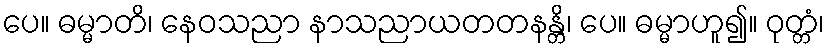
ပေ။ ဓမ္မာတိ၊ နေဝသညာ နာသညာယတတနန္တိ၊ ပေ။ ဓမ္မာဟူ၍။ ဝုတ္တံ၊